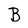
Character: B